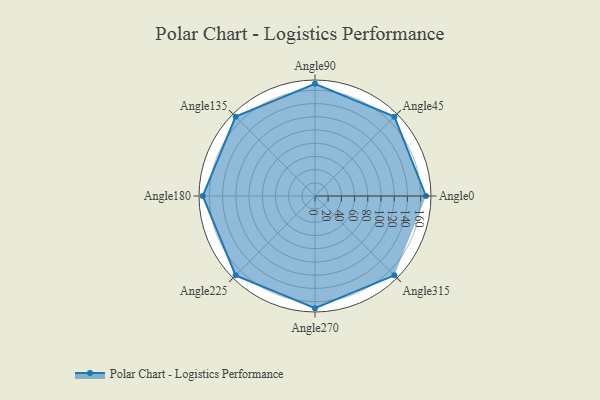
{"axis": {"x": "Angle", "y": "Radius"}, "legend": [""], "data": [{"x": "Angle0", "y": 168.0, "type": ""}, {"x": "Angle45", "y": 170, "type": ""}, {"x": "Angle90", "y": 170, "type": ""}, {"x": "Angle135", "y": 170, "type": ""}, {"x": "Angle180", "y": 170, "type": ""}, {"x": "Angle225", "y": 170, "type": ""}, {"x": "Angle270", "y": 170, "type": ""}, {"x": "Angle315", "y": 170, "type": ""}]}